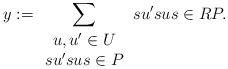
LaTeX: \begin{align*}y := \sum_{\begin{array}{c} u,u' \in U\\su'sus \in P\end{array}} su'sus \in RP.\end{align*}